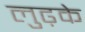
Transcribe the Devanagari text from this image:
लुढ़के